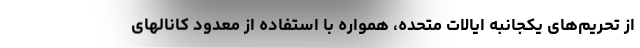
از تحریم‌های یکجانبه ایالات متحده، همواره با استفاده از معدود کانالهای